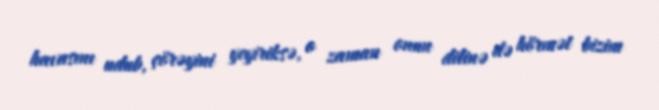
havasını udub, çörəyini yeyiriksə, o zaman onun dilinə də hörmət bizim